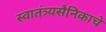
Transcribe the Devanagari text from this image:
स्वातंत्र्यसैनिकाचे